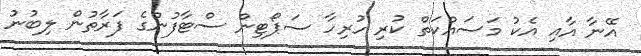
އޭނާ އާއި އެކު މަސައްކަތް ކުރި ހުރިހާ ސަޕޯޓިން ސްޓާފުންގެ ފަރާތުން ލިބުނު